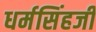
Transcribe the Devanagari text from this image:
धर्मसिंहजी